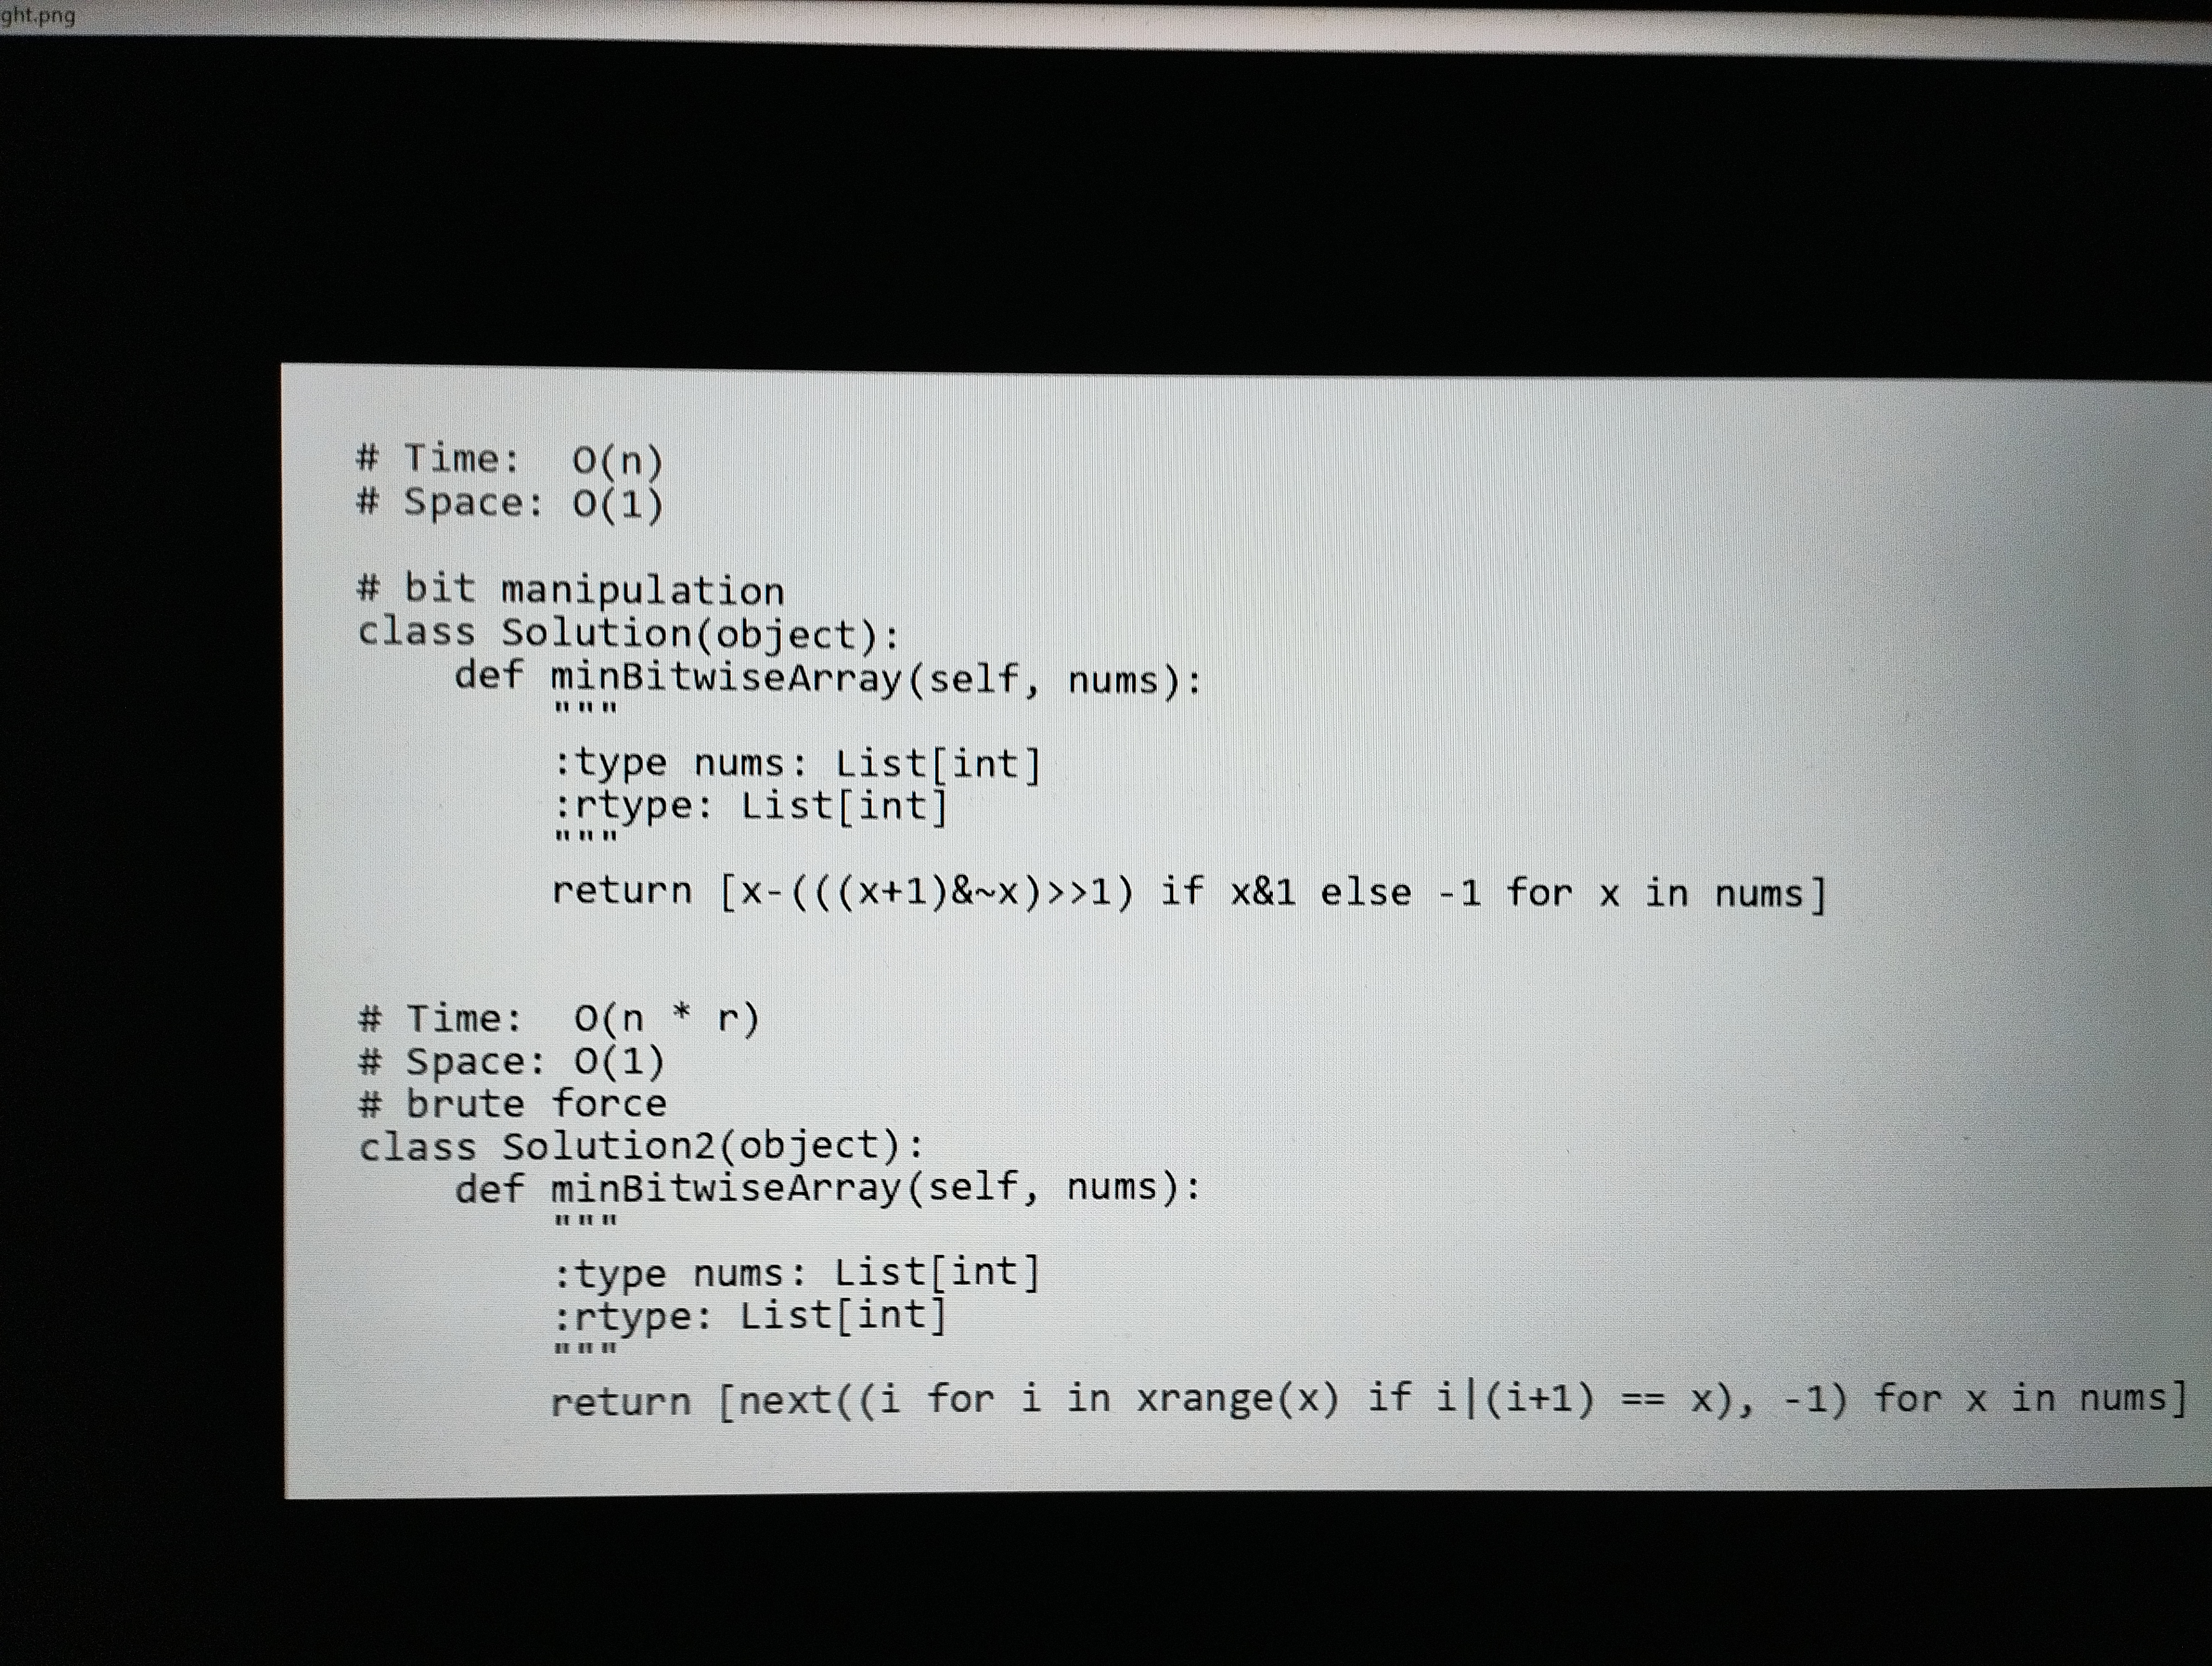
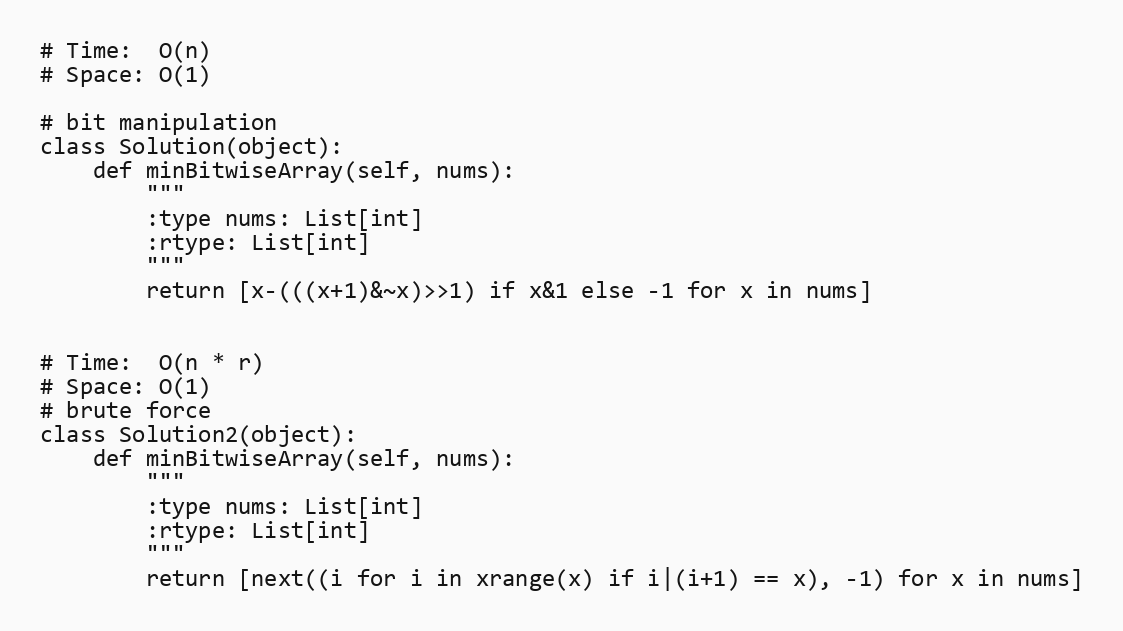
# Time:  O(n)
# Space: O(1)

# bit manipulation
class Solution(object):
    def minBitwiseArray(self, nums):
        """
        :type nums: List[int]
        :rtype: List[int]
        """
        return [x-(((x+1)&~x)>>1) if x&1 else -1 for x in nums]

# Time:  O(n * r)
# Space: O(1)
# brute force
class Solution2(object):
    def minBitwiseArray(self, nums):
        """
        :type nums: List[int]
        :rtype: List[int]
        """
        return [next((i for i in xrange(x) if i|(i+1) == x), -1) for x in nums]